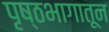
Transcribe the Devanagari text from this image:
पृष्ठभागातून